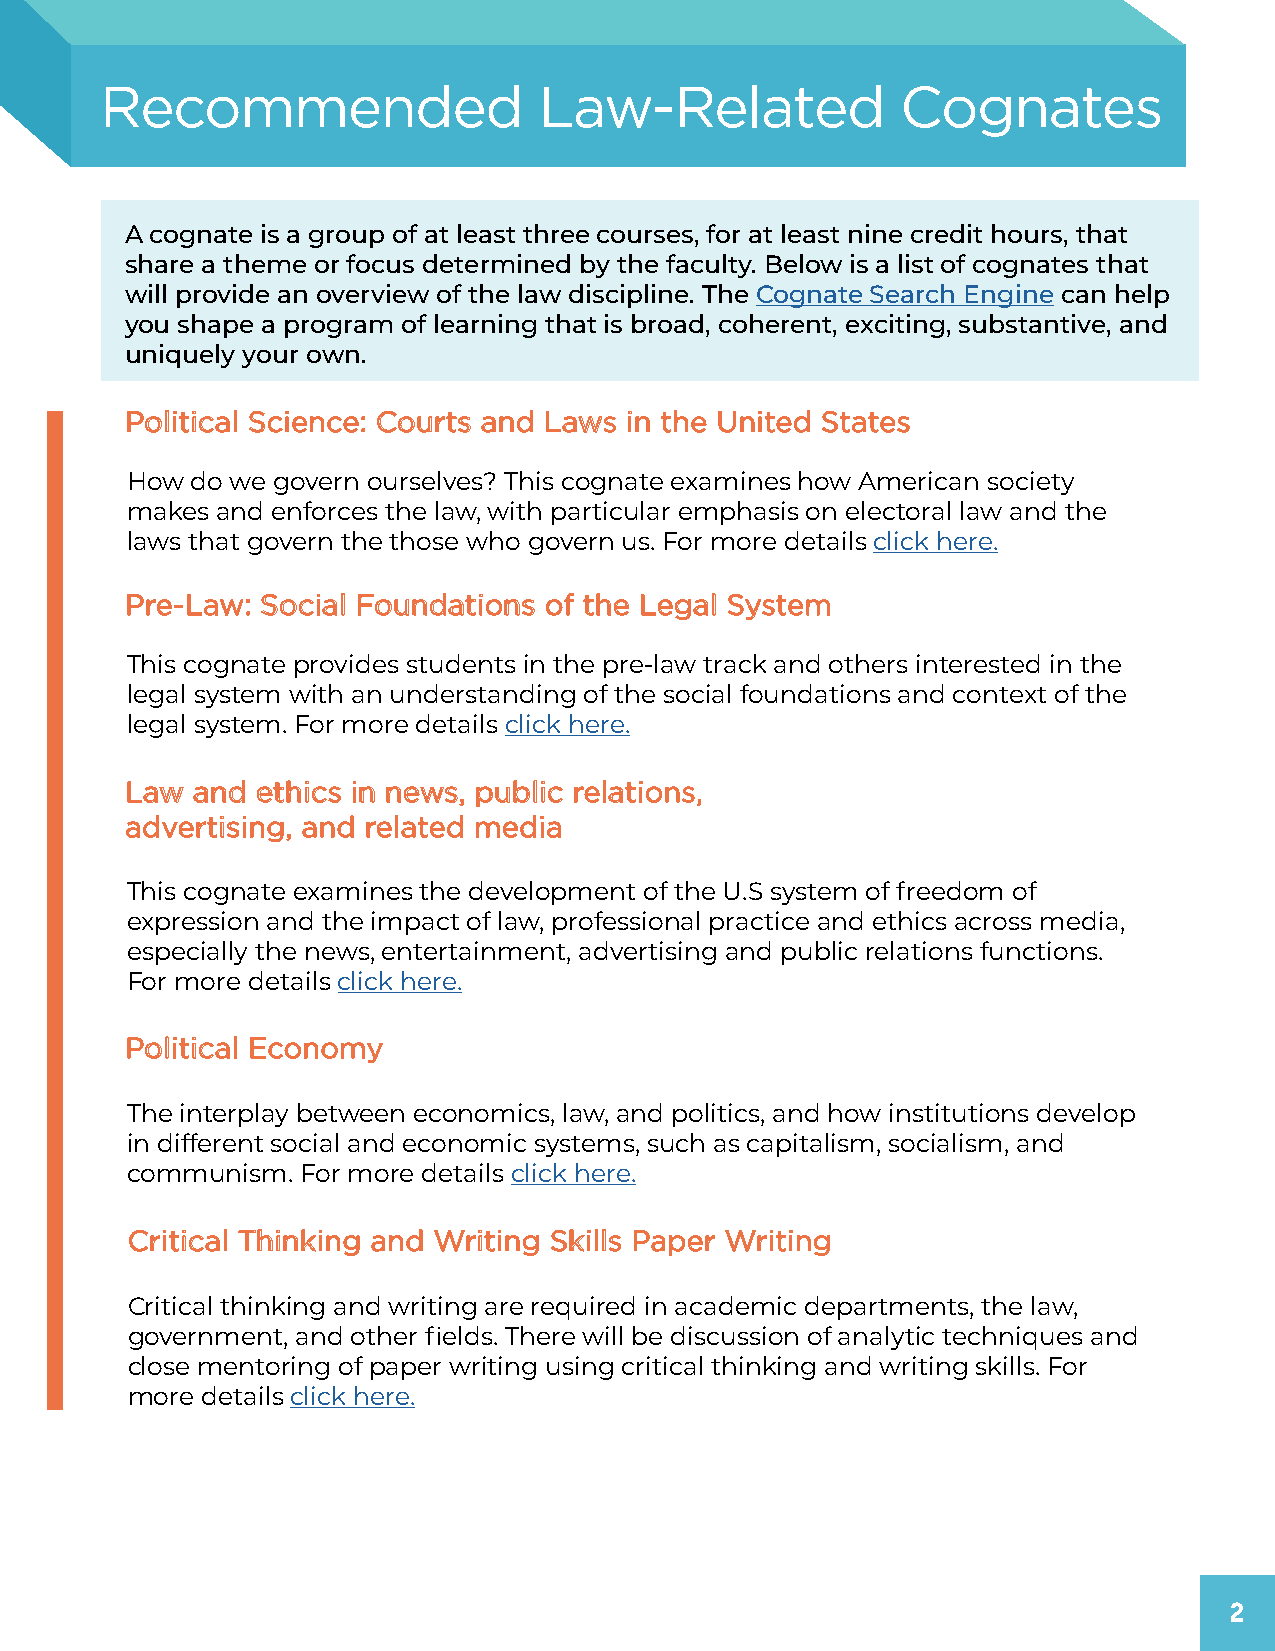
Recommended                  Law-Related             Cognates
 A cognate is a group of at least three courses, for at least nine credit hours, that
 share a theme or focus determined by the faculty. Below is a list of cognates that
 will provide an overview of the law discipline. The Cognate Search Engine can help
 you shape a program of learning that is broad, coherent, exciting, substantive, and
 uniquely your own.
 Political Science: Courts and Laws in the United States
 How  do we govern ourselves? This cognate examines how American society
 makes and enforces the law, with particular emphasis on electoral law and the
 laws that govern the those who govern us. For more details click here.
 Pre-Law: Social Foundations of the Legal System
 This cognate provides students in the pre-law track and others interested in the
 legal system with an understanding of the social foundations and context of the
 legal system. For more details click here.
 Law  and ethics in news, public relations,
 advertising, and related media
 This cognate examines the development of the U.S system of freedom of
 expression and the impact of law, professional practice and ethics across media,
 especially the news, entertainment, advertising and public relations functions.
 For more details click here.
 Political Economy
 The interplay between economics, law, and politics, and how institutions develop
 in different social and economic systems, such as capitalism, socialism, and
 communism.  For more details click here.
 Critical Thinking and Writing Skills Paper Writing
 Critical thinking and writing are required in academic departments, the law,
 government, and other fields. There will be discussion of analytic techniques and
 close mentoring of paper writing using critical thinking and writing skills. For
 more details click here.
 2